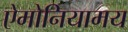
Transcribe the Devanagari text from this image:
ऐमोनियामय